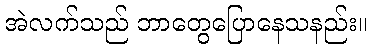
အဲလက်သည် ဘာတွေပြောနေသနည်း။